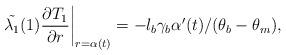
LaTeX: \begin{align*} \Tilde{\lambda_1}(1)\dfrac{\partial T_1}{\partial r}\bigg|_{r=\alpha(t)}=-l_b\gamma_b\alpha'(t)/(\theta_b-\theta_m),\end{align*}